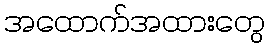
အထောက်အထားတွေ